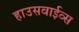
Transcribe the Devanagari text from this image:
हाउसवाईव्स